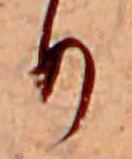
り